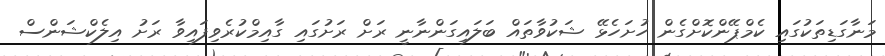
މަނާގަޑިތަކުގައި ކެމްޕޭންކޮށްގެން ހުށަހެޅޭ ޝަކުވާތައް ބަލައިގަންނާނީ ރަށް ރަށުގައި ގާއިމްކުރެވިފައިވާ ރަށު އިލެކްޝަންސް